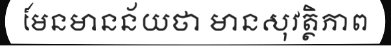
មែនមានន័យថា មានសុវត្ថិភាព